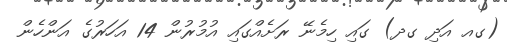
(ގއ އަދި ގދ) ގައި ހިމެނޭ ރަށެއްގައި އުމުރުން 14 އަހަރުގެ އަންހެން